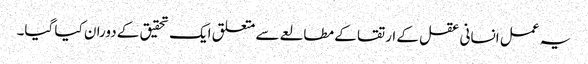
یہ عمل انسانی عقل کے ارتقا کے مطالعے سے متعلق ایک تحقیق کے دوران کیا گیا۔